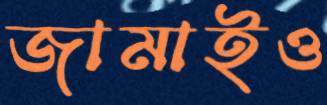
জামাইও